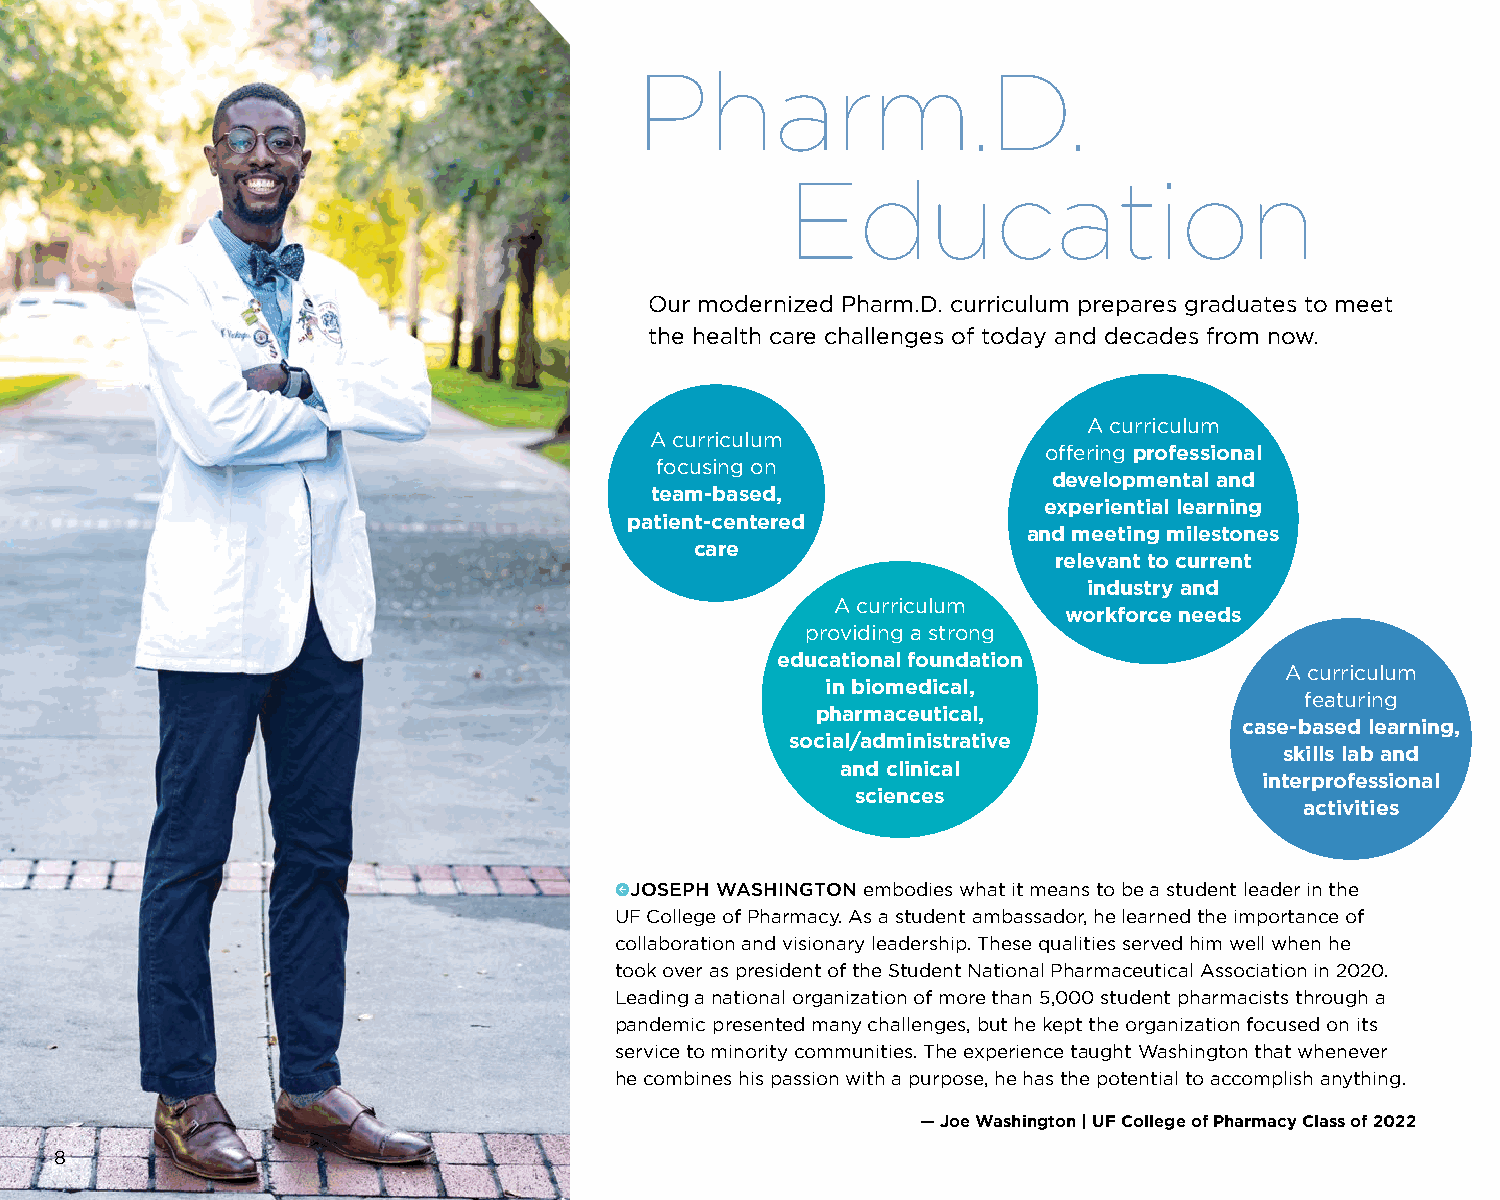
Pharm.D.
 Education
 Our modernized Pharm.D. curriculum prepares graduates to meet
 the health care challenges of today and decades from now.
 A curriculum
 A curriculum
 offering professional
 focusing on
 developmental and
 team-based,
 experiential learning
 patient-centered
 and meeting milestones
 care
 relevant to current
 industry and
 A curriculum
 workforce needs
 providing a strong
 educational foundation
 A curriculum
 in biomedical,
 featuring
 pharmaceutical,
 case-based learning,
 social/administrative
 skills lab and
 and clinical
 interprofessional
 sciences
 activities
 ←JOSEPH WASHINGTON embodies what it means to be a student leader in the
 UF College of Pharmacy. As a student ambassador, he learned the importance of
 collaboration and visionary leadership. These qualities served him well when he
 took over as president of the Student National Pharmaceutical Association in 2020.
 Leading a national organization of more than 5,000 student pharmacists through a
 pandemic presented many challenges, but he kept the organization focused on its
 service to minority communities. The experience taught Washington that whenever
 he combines his passion with a purpose, he has the potential to accomplish anything.
 — Joe Washington | UF College of Pharmacy Class of 2022
 8